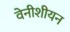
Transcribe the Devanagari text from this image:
वेनीशीयन